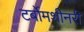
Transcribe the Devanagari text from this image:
टर्बोमशीनरी